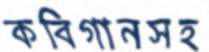
কবিগানসহ